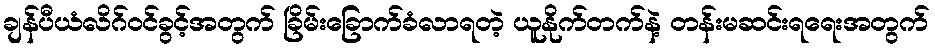
ချန်ပီယံလိဂ်ဝင်ခွင့်အတွက် ခြိမ်းခြောက်ခံလာရတဲ့ ယူနိုက်တက်နဲ့ တန်းမဆင်းရရေးအတွက်